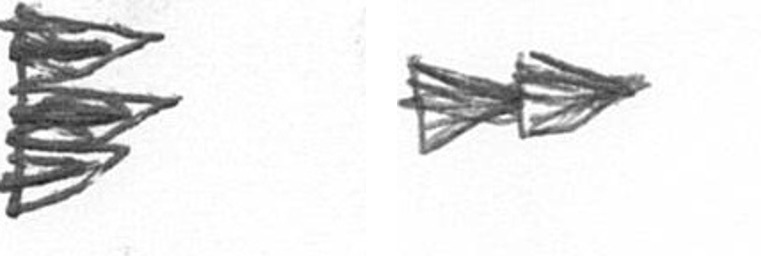
H A